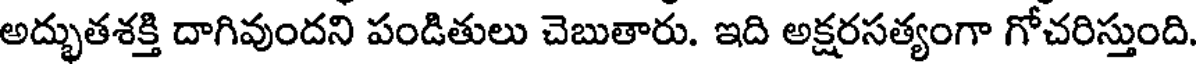
అద్భుతశక్తి దాగివుందని పండితులు చెబుతారు. ఇది అక్షరసత్యంగా గోచరిస్తుంది